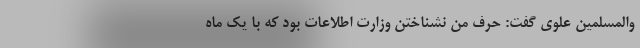
والمسلمین علوی گفت: حرف من نشناختن وزارت اطلاعات بود که با یک ماه